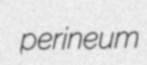
perineum